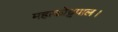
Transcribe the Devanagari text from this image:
महाकोट्टपाल।